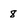
Character: 8